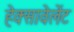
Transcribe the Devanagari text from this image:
हेक्सावेलेंट